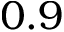
0 . 9